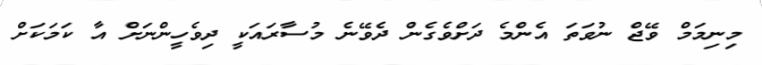
މިނިމަމް ވޭޖް ނުވަތަ އެންމެ ދަށްވެގެން ދެވޭނެ މުސާރައަކީ ދިވެހީންނަށް އާ ކަމަކަށް